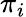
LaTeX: \textstyle\pi_{i}